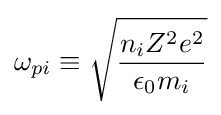
\omega _{pi}\equiv {\sqrt {\frac {n_{i}Z^{2}e^{2}}{\epsilon _{0}m_{i}}}}